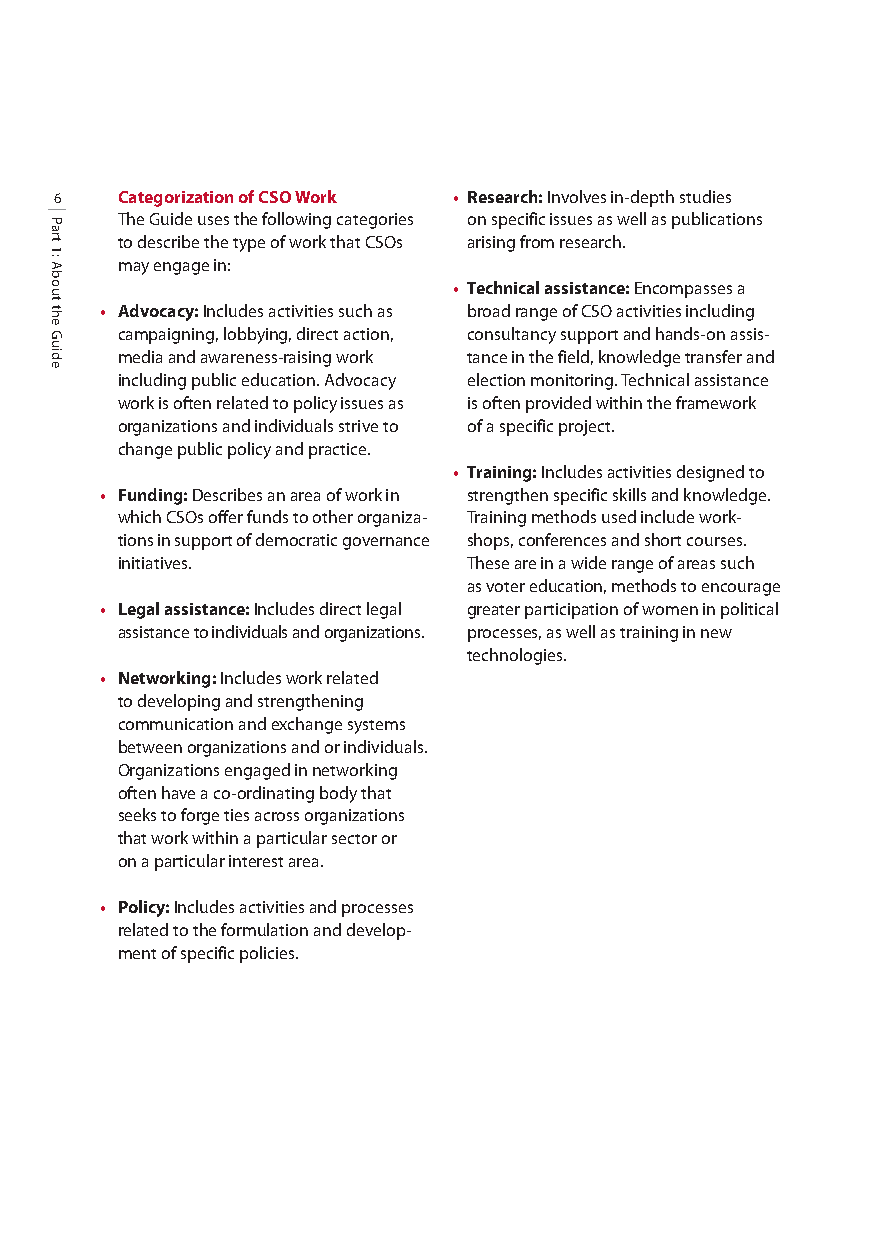
6   Categorization of CSO Work • Research: Involves in-depth studies
 The Guide uses the following categories on specific issues as well as publications
 to describe the type of work that CSOs arising from research.
 may engage in:
 • Technical assistance: Encompasses a
 • Advocacy: Includes activities such as broad range of CSO activities including
 campaigning, lobbying, direct action, consultancy support and hands-on assis-
 media and awareness-raising work tance in the field, knowledge transfer and
 including public education. Advocacy election monitoring. Technical assistance
 work is often related to policy issues as is often provided within the framework
 organizations and individuals strive to of a specific project.
 change public policy and practice.
 • Training: Includes activities designed to
 • Funding: Describes an area of work in strengthen specific skills and knowledge.
 which CSOs offer funds to other organiza- Training methods used include work-
 tions in support of democratic governance shops, conferences and short courses.
 initiatives.           These are in a wide range of areas such
 as voter education, methods to encourage
 • Legal assistance: Includes direct legal greater participation of women in political
 assistance to individuals and organizations. processes, as well as training in new
 technologies.
 • Networking:Includes work related
 to developing and strengthening
 communication and exchange systems
 between organizations and or individuals.
 Organizations engaged in networking
 often have a co-ordinating body that
 seeks to forge ties across organizations
 that work within a particular sector or
 on a particular interest area.
 • Policy: Includes activities and processes
 related to the formulation and develop-
 ment of specific policies.
 Part
 1:
 About
 the
 Guide